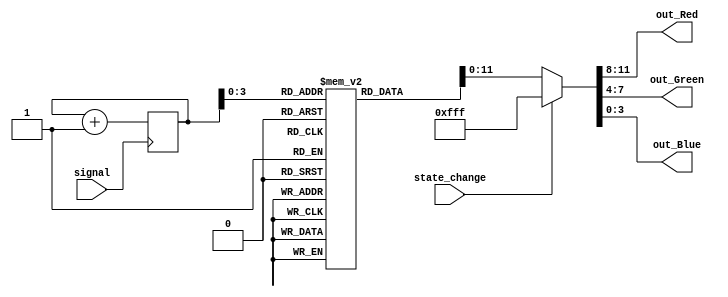
module Signal_Select(
    input signal,
    input state_change,
    output [3:0] out_Red,
    output [3:0] out_Green,
    output [3:0] out_Blue
    );

    reg [31:0] Outcome [11:0];
    reg [4:0]  counter = 0;
    initial begin
        Outcome[0]  = 12'b1111_0011_1100;
        Outcome[1]  = 12'b1100_1111_1100;
        Outcome[2]  = 12'b1111_1100_1100;
        Outcome[3]  = 12'b1111_1111_0000;
        Outcome[4]  = 12'b0000_1001_1111;
        Outcome[5]  = 12'b1111_1001_0000;
        Outcome[6]  = 12'b1100_1000_1111;
        Outcome[7]  = 12'b1001_0110_0011;
        Outcome[8]  = 12'b0011_1100_1111;
        Outcome[9]  = 12'b1001_0110_0011;
        Outcome[10] = 12'b1010_0101_1111;
        Outcome[11] = 12'b0011_1111_1100;
        Outcome[12] = 12'b0000_0000_1111;
        Outcome[13] = 12'b0011_1001_0110;
        Outcome[14] = 12'b1100_1111_1100;
        Outcome[15] = 12'b1010_1001_0101;
        Outcome[16] = 12'b1111_0000_1001;
        Outcome[17] = 12'b0110_0011_1001;
        Outcome[18] = 12'b1001_1010_0101;
        Outcome[19] = 12'b1111_1100_1100;
        Outcome[20] = 12'b0101_1111_1010;
        Outcome[21] = 12'b0101-1001_1001;
        Outcome[22] = 12'b0000_1111_1111;
        Outcome[23] = 12'b1001_0110_0101;
        Outcome[24] = 12'b1111_0011_1100;
        Outcome[25] = 12'b1001_1111_0000;
        Outcome[26] = 12'b0110_1001_0011;
        Outcome[27] = 12'b1111_0000_0000;
        Outcome[28] = 12'b1111_0000_1111;
        Outcome[29] = 12'b1111_0101_1010;
        Outcome[30] = 12'b1100_1111_0011;
        Outcome[31] = 12'b1111_0000_0000;
    end

    always @(posedge signal) begin
        counter <= counter + 1;
    end

    assign {out_Red, out_Green, out_Blue} = (state_change) ? 12'b1111_1111_1111 : Outcome[counter];
endmodule